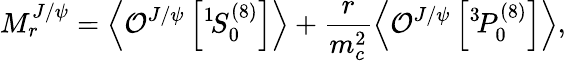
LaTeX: M_{r}^{J/\psi}=\left\langle{\cal O}^{J/\psi}\left[{}^{1}\! S_{0}^{(8)}\right]\right\rangle+\frac{r}{m_{c}^{2}}\left\langle{\cal O}^{J/\psi}\left[{}^{3}\! P_{0}^{(8)}\right]\right\rangle,